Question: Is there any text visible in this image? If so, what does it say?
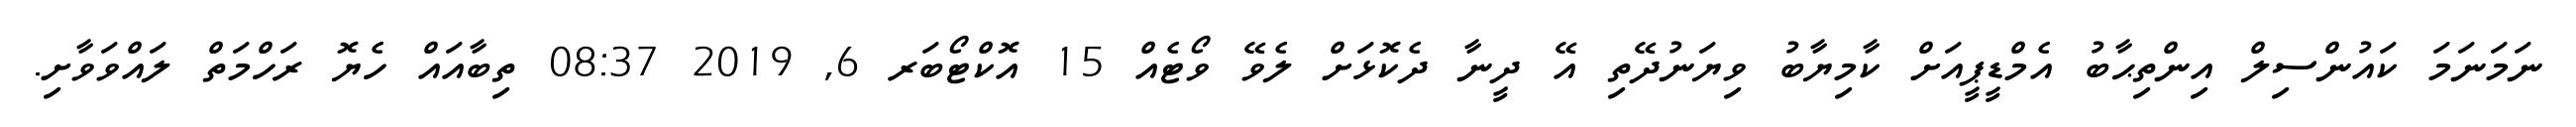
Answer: ނަމަނަމަ ކައުންސިލް އިންތިޙާބު އެމްޑީޕީއަށް ކާމިޔާބު ވިޔަނުދޭތި އޭ ދީނާ ދެކޮޅަށް ލެވޭ ވޯޓެއް 15 އޮކްޓޯބަރ 6, 2019 08:37 ތިބާއައް ހެޔޮ ރަހްމަތް ލައްވަވާށި.